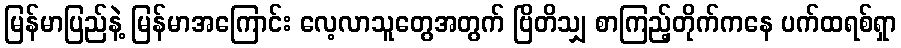
မြန်မာပြည်နဲ့ မြန်မာအကြောင်း လေ့လာသူတွေအတွက် ဗြိတိသျှ စာကြည့်တိုက်ကနေ ပက်ထရစ်ရှာ